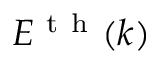
{ { E } ^ { \mathrm { ~ t ~ h ~ } } } ( k )